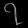
Digit: ၇